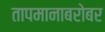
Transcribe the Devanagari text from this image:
तापमानाबरोबर